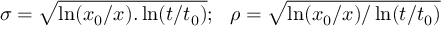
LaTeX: \sigma = \sqrt { \ln ( x _ { 0 } / x ) . \ln ( t / t _ { 0 } ) } ; \ \ \rho = \sqrt { \ln ( x _ { 0 } / x ) / \ln ( t / t _ { 0 } ) }